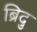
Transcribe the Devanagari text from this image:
ब्रिदु